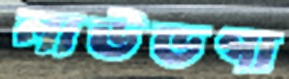
লাউডগা